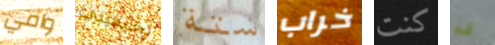
وامي تخيفيني ستة خراب كنت قد